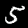
Label: 5